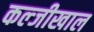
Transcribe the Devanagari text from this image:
कल्जीखाल